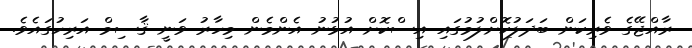
ރާއްޖޭގެ ވެރިކަން ބަދަލުކޮށްލުމުގައި އިސްކޮށް އުޅުނު އެންމެން މިހާރު ވަނީ ޤާސިމް އަރިހުގައެވެ.